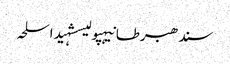
سندھبرطانیہپولیسشہیداسلحہ